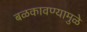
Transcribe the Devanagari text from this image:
बळकावण्यामुळे